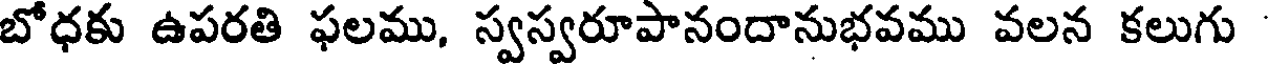
బోధకు ఉపరతి ఫలము, స్వస్వరూపానందానుభవము వలన కలుగు